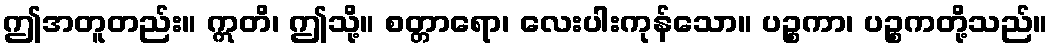
ဤအတူတည်း။ ဣတိ၊ ဤသို့။ စတ္တာရော၊ လေးပါးကုန်သော။ ပဉ္စကာ၊ ပဉ္စကတို့သည်။